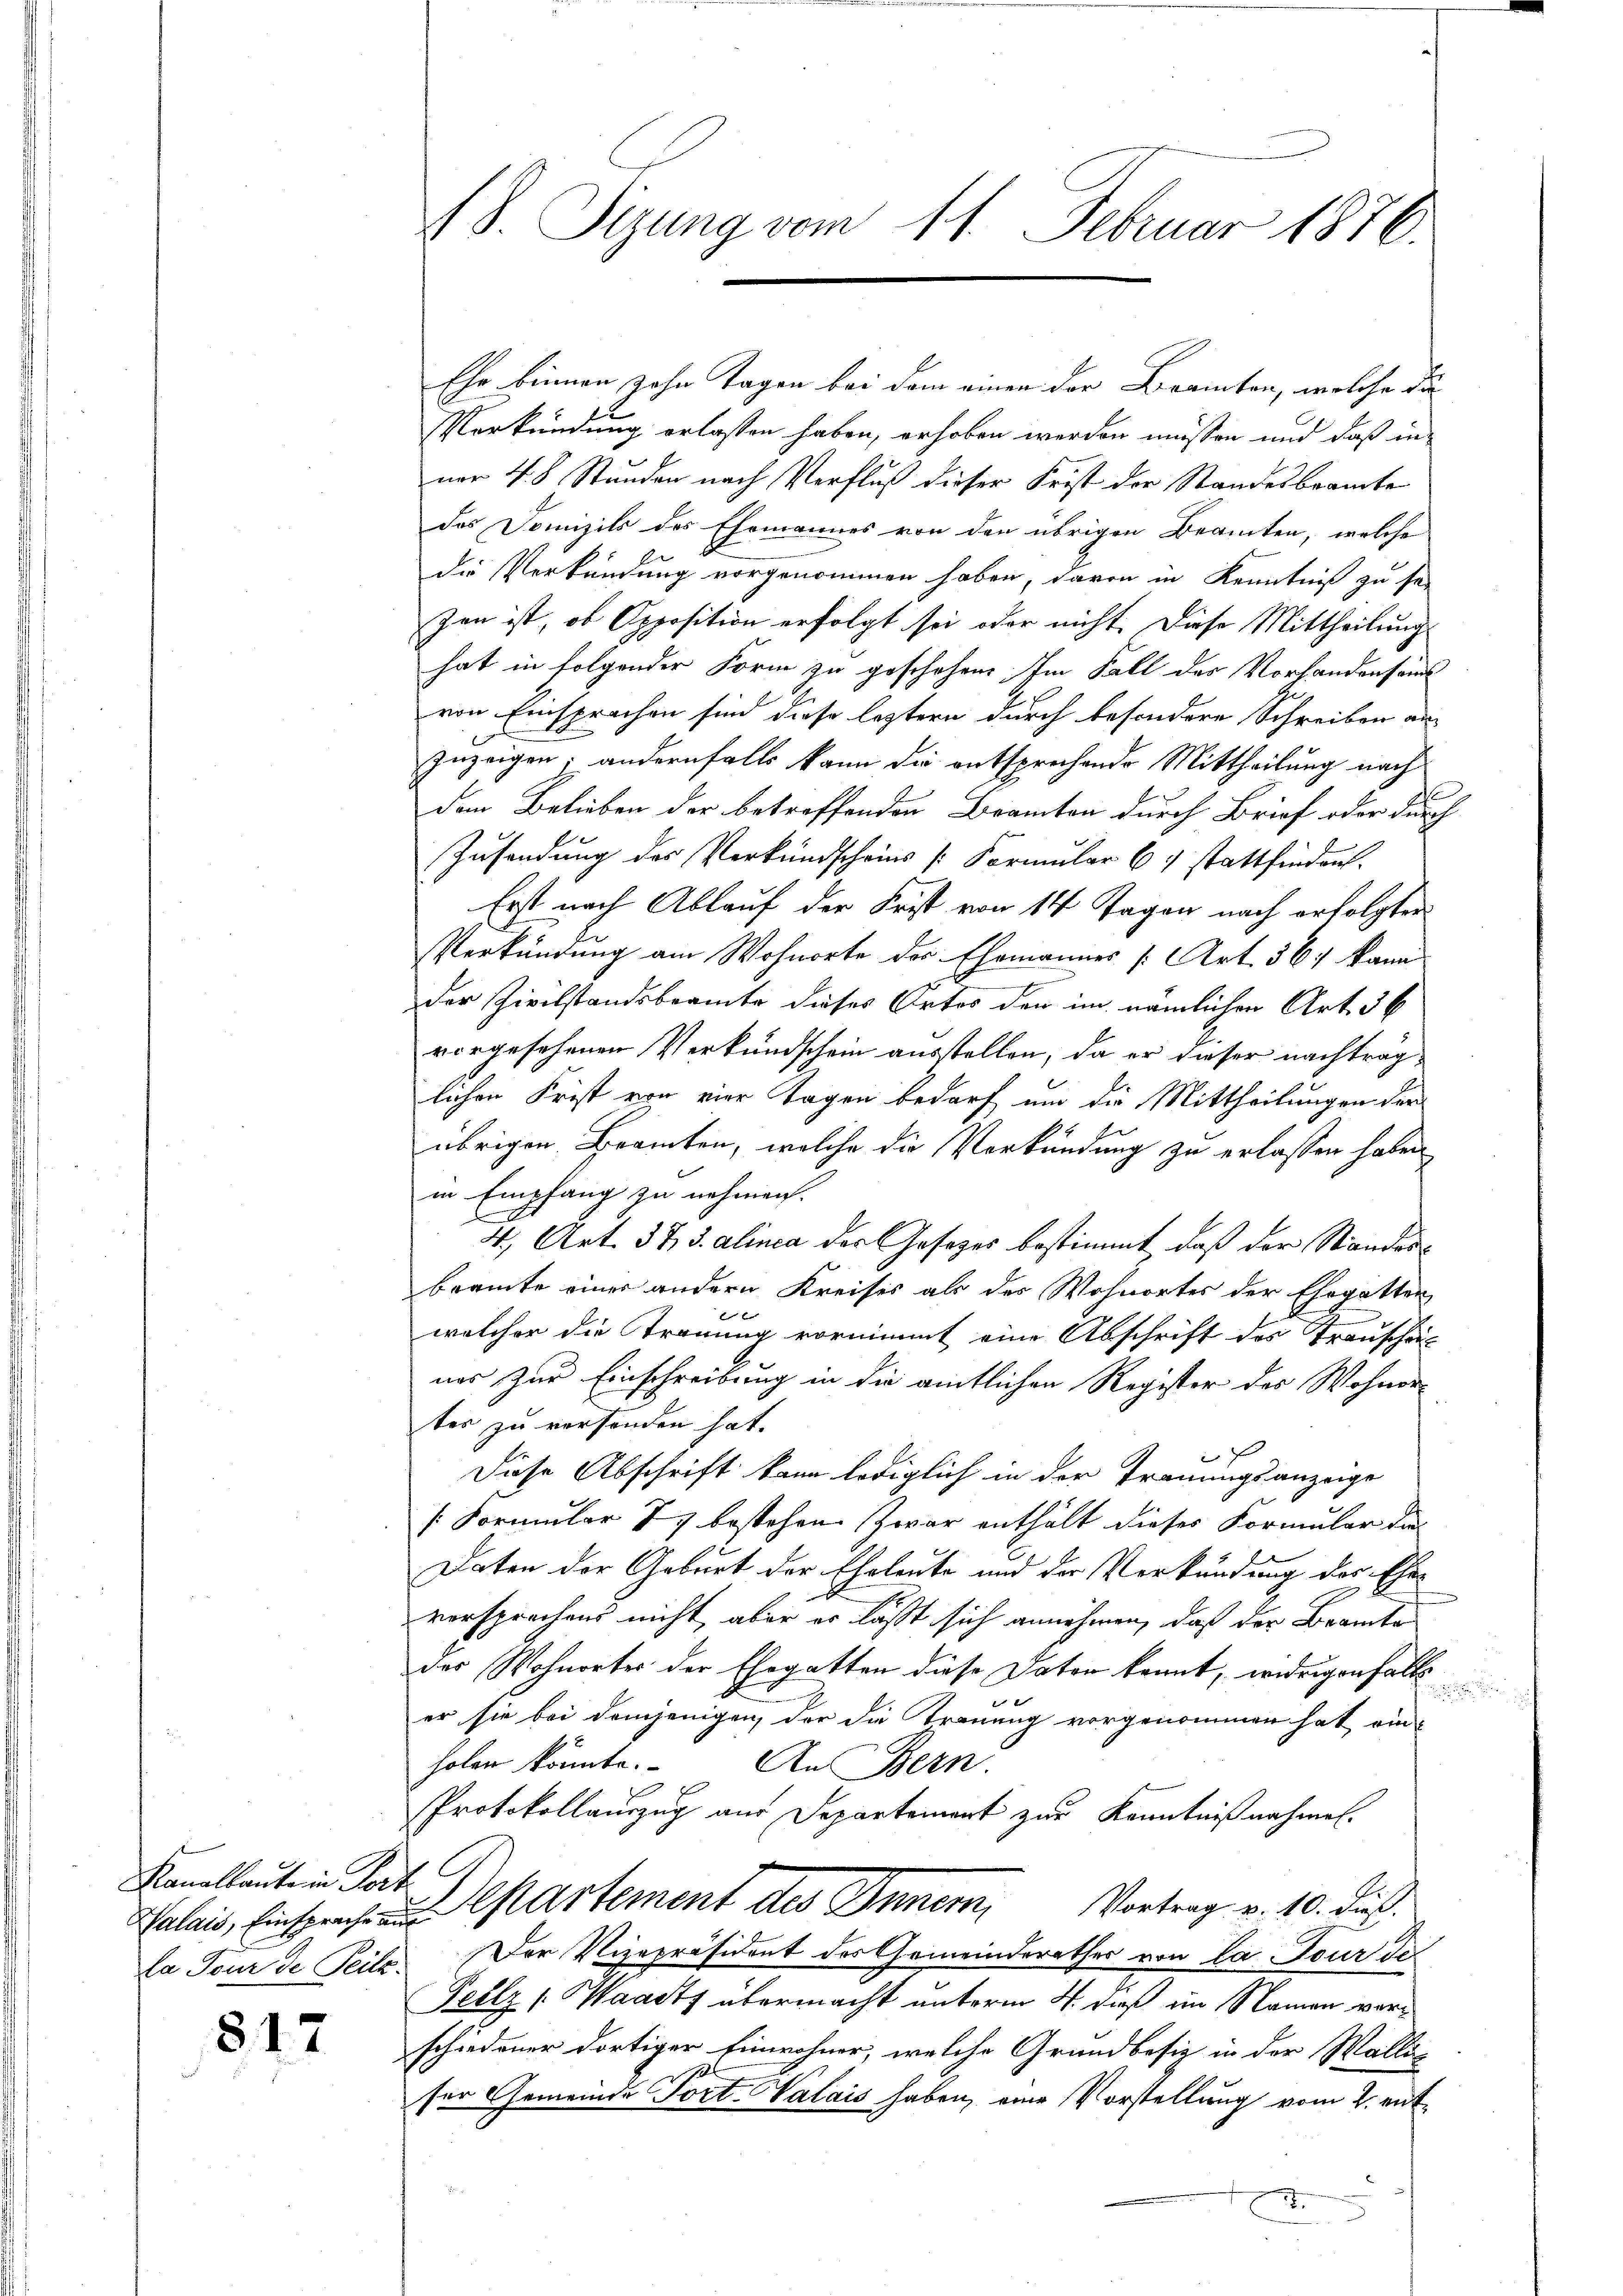
Kanallantein Porz
la Tour de Teils.

817

18. Sizung vom 11. Februar 1876.

Ehr binnen zehn Tagen bei dem einen der Beamten, welche die
Verkündung erlassen haben, erhoben werden müssen und daß in
nor 4. 8 Stunden nach Verfluß dieser Frist der Standesbeamte
Das Domizils des Ehemannes von den übrigen Beamten, welche
die Verkündung vorgenommen haben, davon in Kenntniß zu sei
zen ist, ob Opposition erfolgt sei oder nicht. Diese Mittheilung
hat in folgender Form zu geschehen. Im Fall des Vorhandenseins
von Einsprochen sind diese leztern durch besondere Schreiben an
zuzeigen; andernfalls kann die entsprechende Mittheilung nach
E
den Belieben der betreffenden Branton durch Brief oder durch
Zusendung des Verkundscheins Formular 6 stattfinden.
Erst nach Ablauf der Frist von 14 Tagen nach erfolgter
Verkündung am Wohnorte des Ehemannes [Art. 567 kann
I
der Zivilstandsbeamte dieses Ortes den im nämlichen Art. 36
vorgesehenen Verkundschein ausstellen, da er dieser nachträglichen Frist von vier Tagen bedarf um die Mittheilungen der
übrigen Beamten, welche die Verkündung zu erlassen haben
in Empfang zu nehmen.
4., Art. 373. alinea der Gesetzes bestimmt, daß der Standesbeamte einer andern Kreises als des Wohnortes der Ehegatten
x
welcher die Trauung vornimmt eine Abschrift des Trauschein
nos zur Einschreibung in die amtlichen Register des Wohner-
ter zu versenden hat.
Diese Abschrift kann lediglich in der Trauungsanzeige
/Formular 87 bestehen. Zwar enthält dieses Formular dies
Daten der Geburt der Eheleute und der Verkündung des Eheversprechens nicht aber er lässt sich annehmen, daß der Brancke
des Wohnorter der Ehegatten diese Daten kannt, widrigenfalls
er sie bei demjenigen, der die Trauung vorgenommen hat einholen könnte. An Bern.
Protokollauszug aus Departement zur Kenntnißnahmen.
Calais, Einsprachen Cartement des Inner, Vortrag v. 10. dies
Der Vizepräsident des Gemeinderathes von la Tour de
Teilz [Waasts übermacht unterm 4. daß im Namen vorschiedener dortiger Einwohner, welche Grundbesiz in der Wallis
ser Gemeinde Tort- Valais haben, eine Vorstellung vom 2. ent¬
.